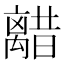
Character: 𫀥